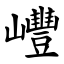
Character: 㠦